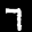
Label: 7